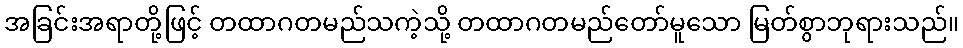
အခြင်းအရာတို့ဖြင့် တထာဂတမည်သကဲ့သို့ တထာဂတမည်တော်မူသော မြတ်စွာဘုရားသည်။